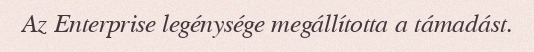
Az Enterprise legénysége megállította a támadást.